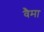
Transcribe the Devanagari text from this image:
वैमा